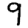
Digit: 9